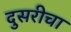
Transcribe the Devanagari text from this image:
दुसरीचा